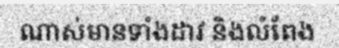
ណាស់មានទាំងដាវ និងលំពែង